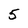
Character: 5